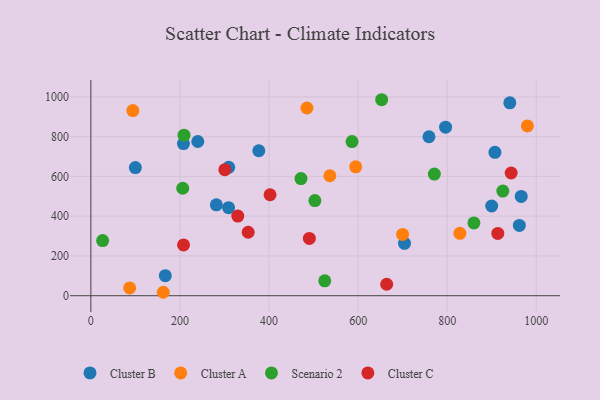
{"axis": {"x": "Experience", "y": "Exam Score"}, "legend": ["Cluster A", "Cluster B", "Cluster C", "Scenario 2"], "data": [{"x": "907.0", "y": 721.1, "type": "Cluster B"}, {"x": "961.8", "y": 353.6, "type": "Cluster B"}, {"x": "966.0", "y": 499.5, "type": "Cluster B"}, {"x": "309.1", "y": 442.7, "type": "Cluster B"}, {"x": "207.8", "y": 765.1, "type": "Cluster B"}, {"x": "167.1", "y": 100.8, "type": "Cluster B"}, {"x": "99.9", "y": 644.6, "type": "Cluster B"}, {"x": "758.9", "y": 799.4, "type": "Cluster B"}, {"x": "309.3", "y": 645.5, "type": "Cluster B"}, {"x": "377.0", "y": 729.0, "type": "Cluster B"}, {"x": "704.0", "y": 263.4, "type": "Cluster B"}, {"x": "796.2", "y": 847.7, "type": "Cluster B"}, {"x": "240.0", "y": 775.5, "type": "Cluster B"}, {"x": "281.7", "y": 457.0, "type": "Cluster B"}, {"x": "940.4", "y": 970.0, "type": "Cluster B"}, {"x": "899.7", "y": 451.3, "type": "Cluster B"}, {"x": "87.1", "y": 39.3, "type": "Cluster A"}, {"x": "536.4", "y": 603.4, "type": "Cluster A"}, {"x": "828.3", "y": 313.6, "type": "Cluster A"}, {"x": "162.5", "y": 17.3, "type": "Cluster A"}, {"x": "699.7", "y": 308.2, "type": "Cluster A"}, {"x": "485.0", "y": 944.1, "type": "Cluster A"}, {"x": "594.5", "y": 648.3, "type": "Cluster A"}, {"x": "94.2", "y": 931.2, "type": "Cluster A"}, {"x": "979.8", "y": 853.8, "type": "Cluster A"}, {"x": "859.8", "y": 366.0, "type": "Scenario 2"}, {"x": "206.2", "y": 540.6, "type": "Scenario 2"}, {"x": "471.6", "y": 589.3, "type": "Scenario 2"}, {"x": "586.2", "y": 775.3, "type": "Scenario 2"}, {"x": "924.7", "y": 526.4, "type": "Scenario 2"}, {"x": "652.7", "y": 985.7, "type": "Scenario 2"}, {"x": "525.0", "y": 74.9, "type": "Scenario 2"}, {"x": "502.8", "y": 478.3, "type": "Scenario 2"}, {"x": "26.4", "y": 277.5, "type": "Scenario 2"}, {"x": "209.1", "y": 807.5, "type": "Scenario 2"}, {"x": "771.0", "y": 611.8, "type": "Scenario 2"}, {"x": "943.4", "y": 617.3, "type": "Cluster C"}, {"x": "329.8", "y": 400.6, "type": "Cluster C"}, {"x": "208.0", "y": 255.6, "type": "Cluster C"}, {"x": "664.0", "y": 57.7, "type": "Cluster C"}, {"x": "490.4", "y": 288.1, "type": "Cluster C"}, {"x": "913.4", "y": 313.2, "type": "Cluster C"}, {"x": "300.7", "y": 634.1, "type": "Cluster C"}, {"x": "402.2", "y": 507.7, "type": "Cluster C"}, {"x": "353.1", "y": 319.3, "type": "Cluster C"}]}